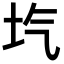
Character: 𡉛